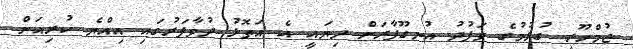
ޖުމްހޫރީ ގުޅުމުގެ ވަފުދު އުނގޫފާރަށް ދިޔައީ އެ އަތޮޅު ދުވާފަރުގައި އިއްޔެ ކުރިއަށް